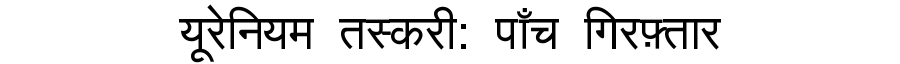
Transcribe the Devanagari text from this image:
यूरेनियम तस्करी: पाँच गिरफ़्तार